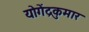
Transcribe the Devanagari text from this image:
योगेंद्रकुमार